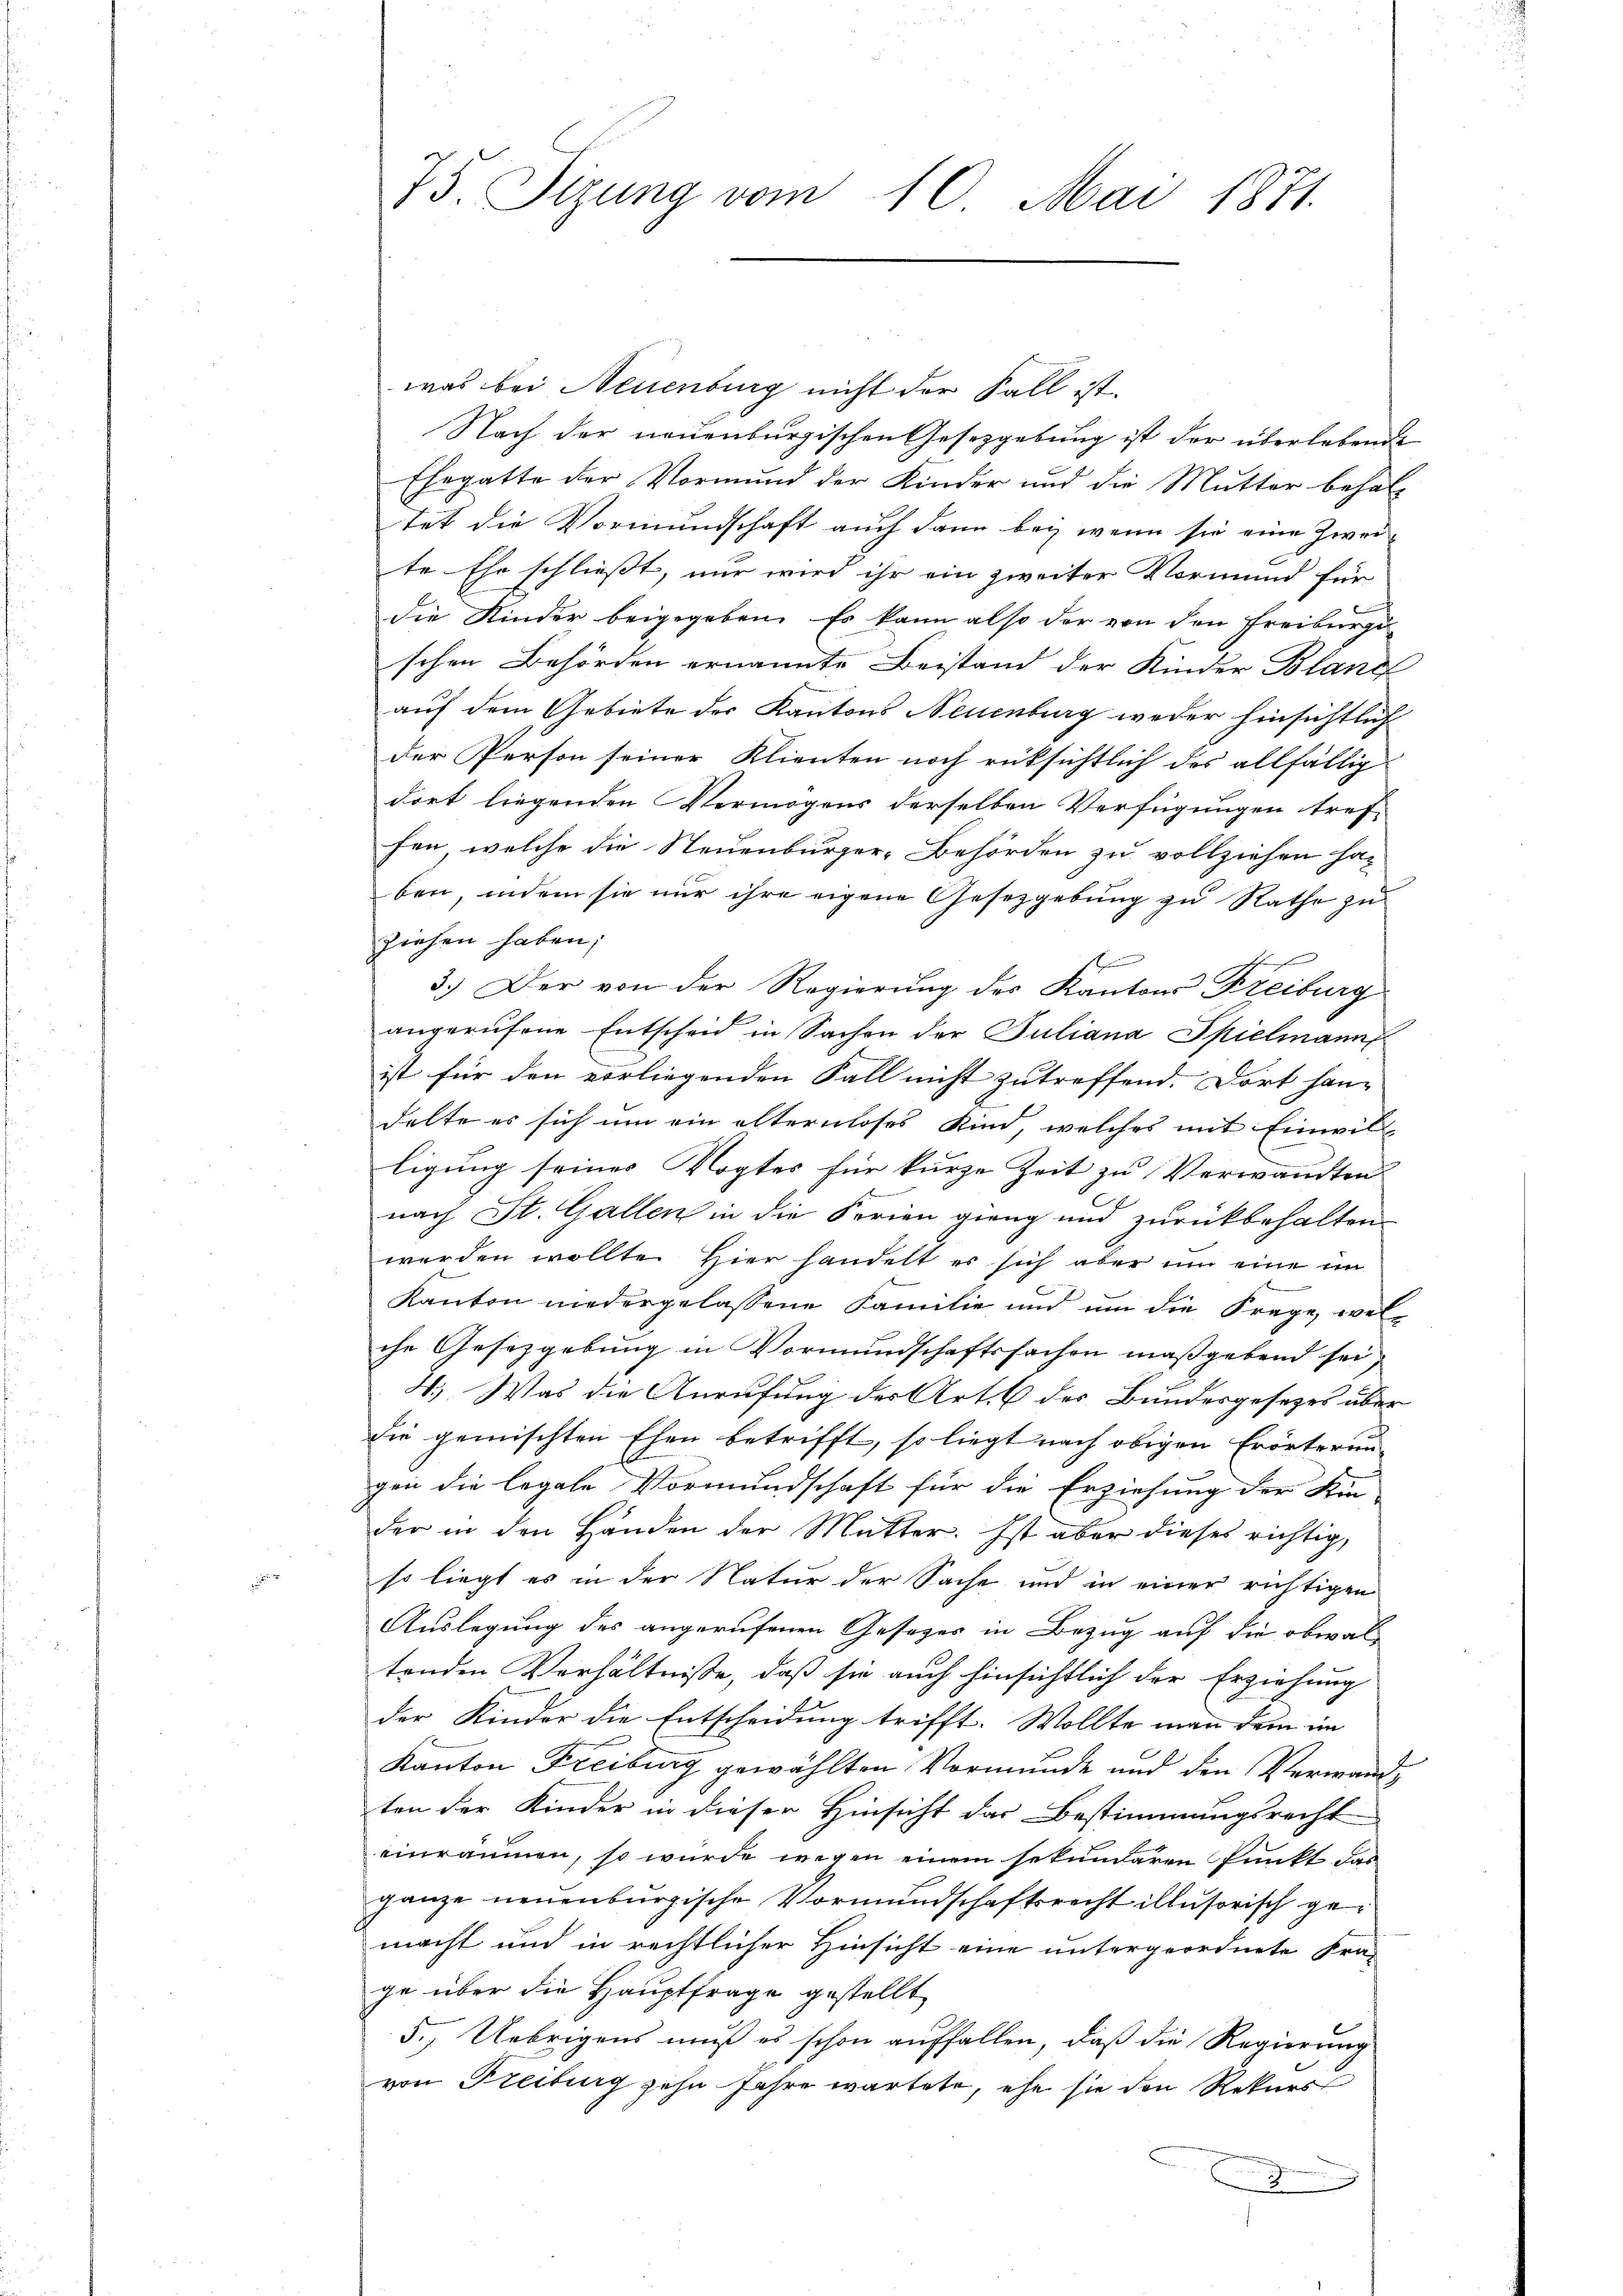
was bei Neuenburg nicht der Fall ist.
Nach der neuenburgischen Gesetzgebung ist der überlebende
Ehegatte der Vormund der Kinder und die Mutter behalt
tet die Vormundschaft auch dann bei wenn sie eine Zweite Ehe schliesst, nur wird ihr ein zweiter Vormund für
die Kinder beigegeben. Es kann also der von den Freibergs-
schen Behörden ernannte Beistand der Kinder Blanc
auf dem Gebiete des Kantons Neuenburg weder hinsichtlich
der Person seiner Klienten noch rüksichtlich des allfällig
dort liegenden Vermögens derselben Verfügungen tref-
fen, welche die Neuenburger-Behörden zu vollziehen ha-
ben, indem sie nur ihre eigene Gesetzgebung zu Rathe zu
ziehen haben;
n
3.) Der von der Regierung des Kantons Freiburg
angerufene Entscheid in Sachen der Juliana Spielmann
ist für den vorliegenden Fall nicht zutreffend. Dort han-
delte es sich um ein älternloses Kind, welches mit Einwilligung seines Vogtes für kurze Zeit zu Verwandten
nach St. Gallen in die Ferien gieng und zurückbehalten.
werden wollte. Hier handelt es sich aber um eine im
Kanton niedergelassene Familie und um die Frage, welche Gesetzgebung in Vormundschaftsfachen maßgebend sei,
H. Was die Anrufung des Art. 6 des Bundesgesetzes über
die gemischten Ehen betrifft, so liegt nach obigen Erörterun-
gen die legale Vormundschaft für die Erziehung der Kin-
der in den Händen der Mutter. Ist aber dieses richtig,
so liegt es in der Natur der Sache und in einer richtigen
Auslegung des angerufenen Gesager in Bezug auf die obwaltenden Verhältnisse, daß sie auch hinsichtlich der Erziehung
der Kinder die Entscheidung trifft. Wollte man dem im
Kanton Freiburg gewählten Vormunde und den Verwandten der Kinder in dieser Hinsicht das Bestimmungsrecht
einräumen, so wurde wegen einem sekundaren Punkt das
ganze neuenburgische Vormundschaftsrecht illusorisch gemacht und in rechtlicher Hinsicht eine untergeordnete Frage über die Hauptfrage gestellt
5.) Uebrigens muß es schon auffallen, daß die Regierung
von Freiburg zehn Jahre wartete, ehe sie den Rekurs

75. Sizung vom 10. Mai 1871.